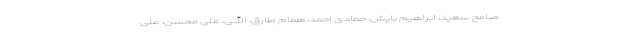
صامح سعید، ابراهیم بایش، حمادی احمد، همام طارق، الآنی، علی محسن، علی